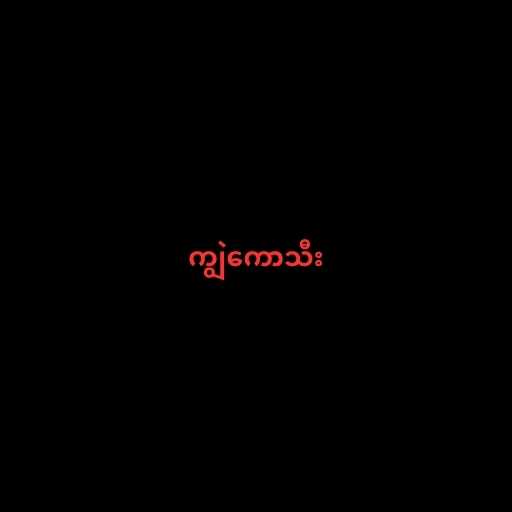
ကျွဲကောသီး